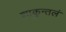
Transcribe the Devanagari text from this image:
शाकुन्तलं